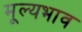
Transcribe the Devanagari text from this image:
मूल्यभाव